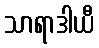
သာရာဒါယီ